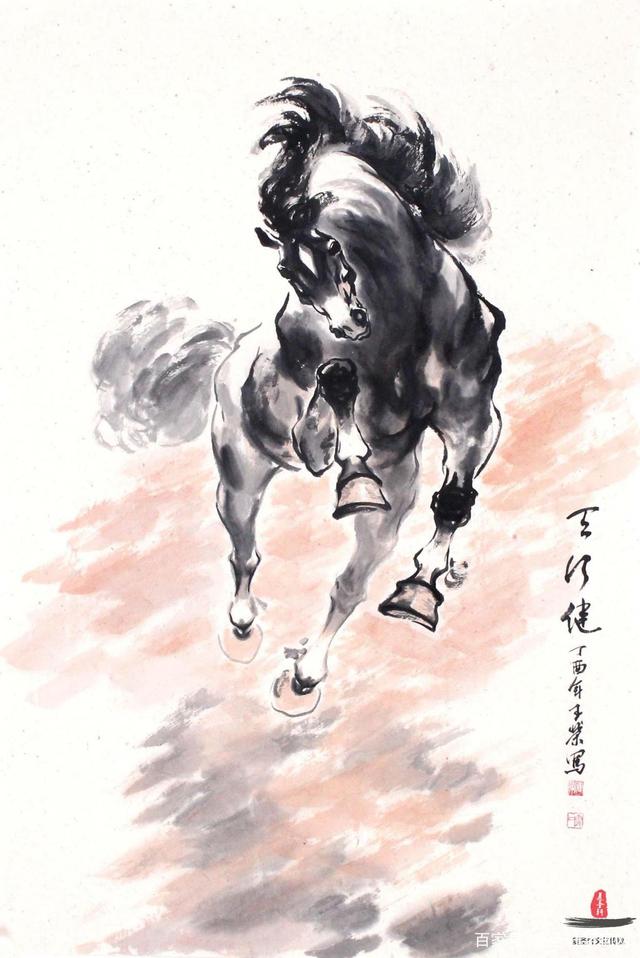
春风得意马蹄疾，一日看尽长安花。